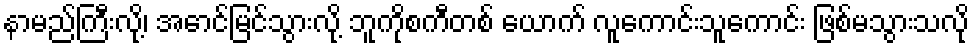
နာမည်ကြီးလို့၊ အောင်မြင်သွားလို့ ဘူကိုစကီတစ် ယောက် လူကောင်းသူကောင်း ဖြစ်မသွားသလို